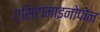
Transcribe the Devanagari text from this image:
एसिटामाइनोफेन